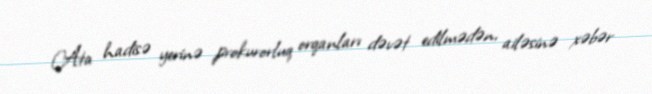
Ata hadisə yerinə prokurorluq orqanları dəvət edilmədən, ailəsinə xəbər